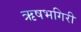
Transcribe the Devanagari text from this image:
ऋषभगिरी